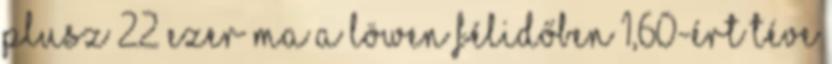
plusz 22 ezer ma a Löwen félidőben 1,60-ért téve